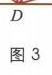
\(D\)
图3